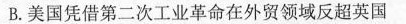
B.美国凭借第二次工业革命在外贸领域反超英国